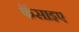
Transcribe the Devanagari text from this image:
फॅसाइए